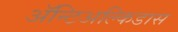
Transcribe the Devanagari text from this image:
अॅन्टिअल्किडास